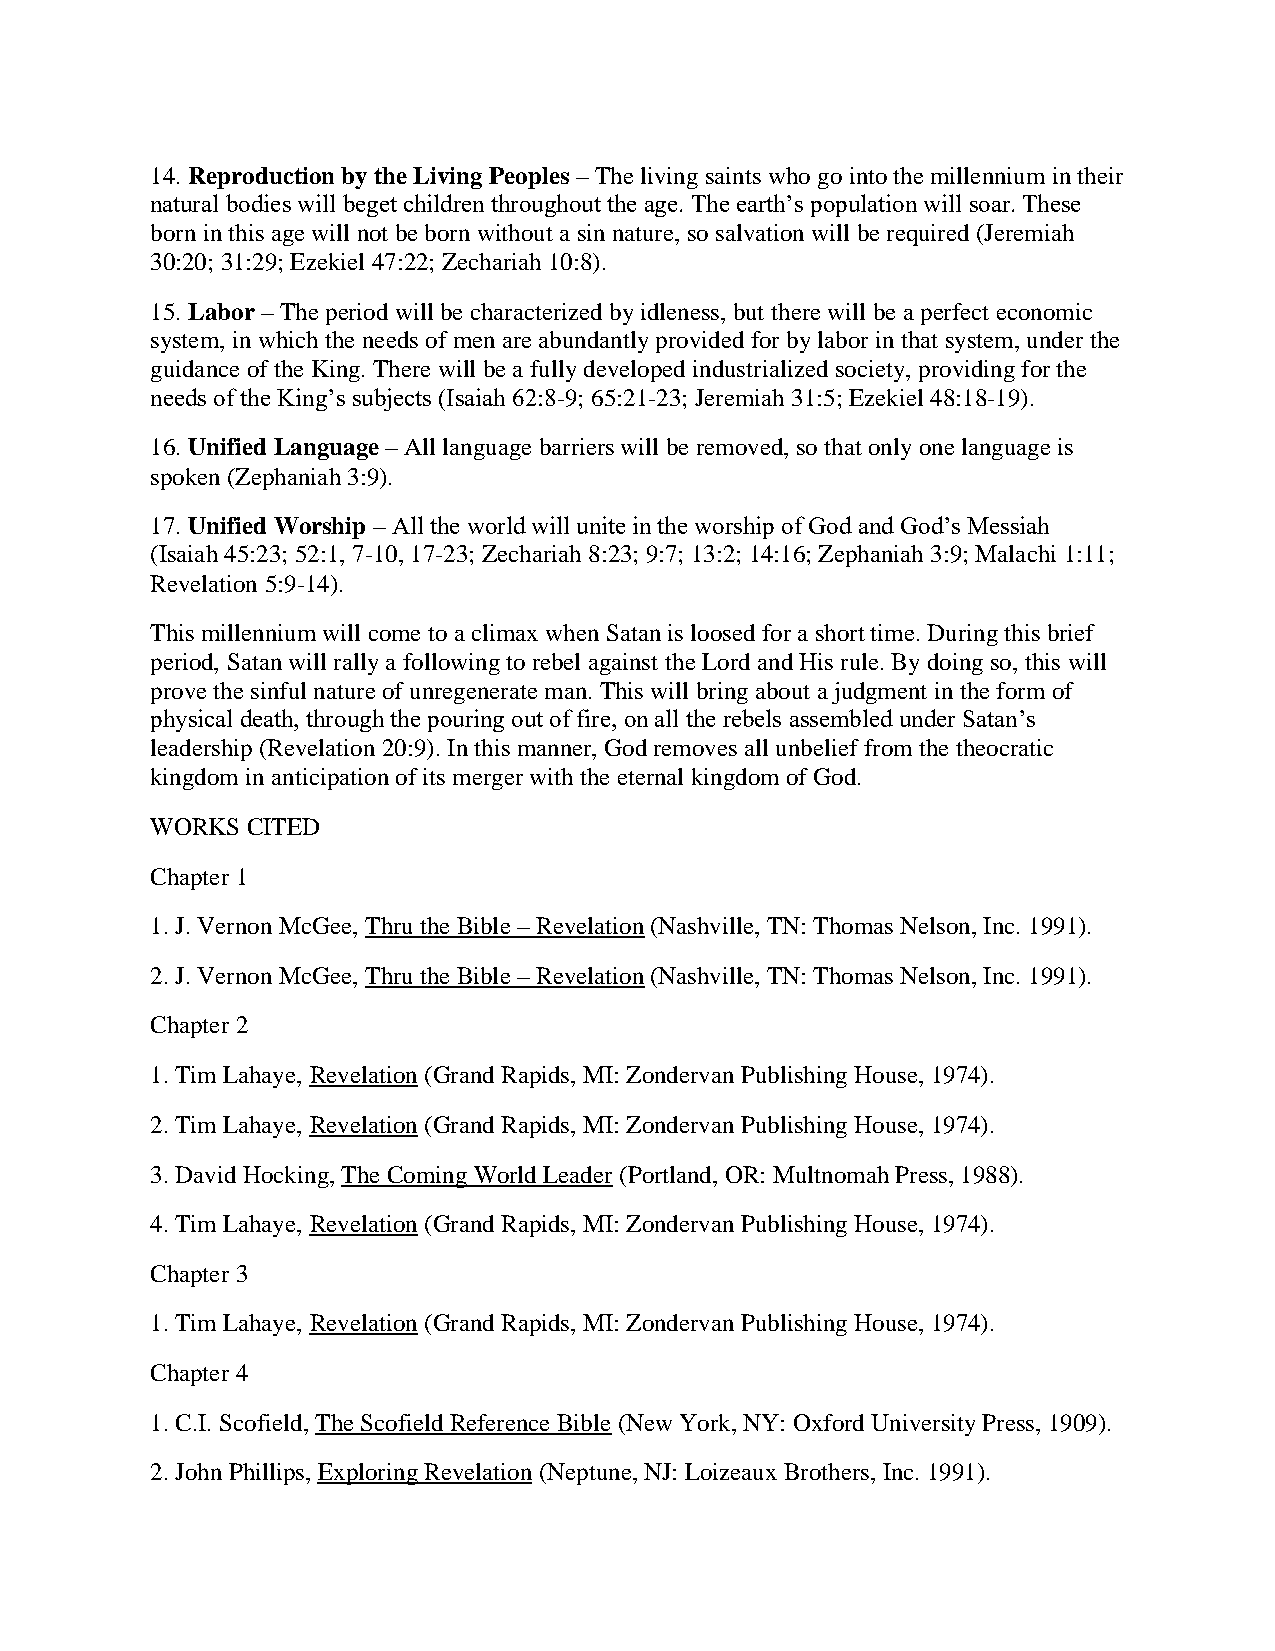
14. Reproduction by the Living Peoples – The living saints who go into the millennium in their
 natural bodies will beget children throughout the age. The earth’s population will soar. These
 born in this age will not be born without a sin nature, so salvation will be required (Jeremiah
 30:20; 31:29; Ezekiel 47:22; Zechariah 10:8).
 15. Labor – The period will be characterized by idleness, but there will be a perfect economic
 system, in which the needs of men are abundantly provided for by labor in that system, under the
 guidance of the King. There will be a fully developed industrialized society, providing for the
 needs of the King’s subjects (Isaiah 62:8-9; 65:21-23; Jeremiah 31:5; Ezekiel 48:18-19).
 16. Unified Language – All language barriers will be removed, so that only one language is
 spoken (Zephaniah 3:9).
 17. Unified Worship – All the world will unite in the worship of God and God’s Messiah
 (Isaiah 45:23; 52:1, 7-10, 17-23; Zechariah 8:23; 9:7; 13:2; 14:16; Zephaniah 3:9; Malachi 1:11;
 Revelation 5:9-14).
 This millennium will come to a climax when Satan is loosed for a short time. During this brief
 period, Satan will rally a following to rebel against the Lord and His rule. By doing so, this will
 prove the sinful nature of unregenerate man. This will bring about a judgment in the form of
 physical death, through the pouring out of fire, on all the rebels assembled under Satan’s
 leadership (Revelation 20:9). In this manner, God removes all unbelief from the theocratic
 kingdom in anticipation of its merger with the eternal kingdom of God.
 WORKS CITED
 Chapter 1
 1. J. Vernon McGee, Thru the Bible – Revelation (Nashville, TN: Thomas Nelson, Inc. 1991).
 2. J. Vernon McGee, Thru the Bible – Revelation (Nashville, TN: Thomas Nelson, Inc. 1991).
 Chapter 2
 1. Tim Lahaye, Revelation (Grand Rapids, MI: Zondervan Publishing House, 1974).
 2. Tim Lahaye, Revelation (Grand Rapids, MI: Zondervan Publishing House, 1974).
 3. David Hocking, The Coming World Leader (Portland, OR: Multnomah Press, 1988).
 4. Tim Lahaye, Revelation (Grand Rapids, MI: Zondervan Publishing House, 1974).
 Chapter 3
 1. Tim Lahaye, Revelation (Grand Rapids, MI: Zondervan Publishing House, 1974).
 Chapter 4
 1. C.I. Scofield, The Scofield Reference Bible (New York, NY: Oxford University Press, 1909).
 2. John Phillips, Exploring Revelation (Neptune, NJ: Loizeaux Brothers, Inc. 1991).